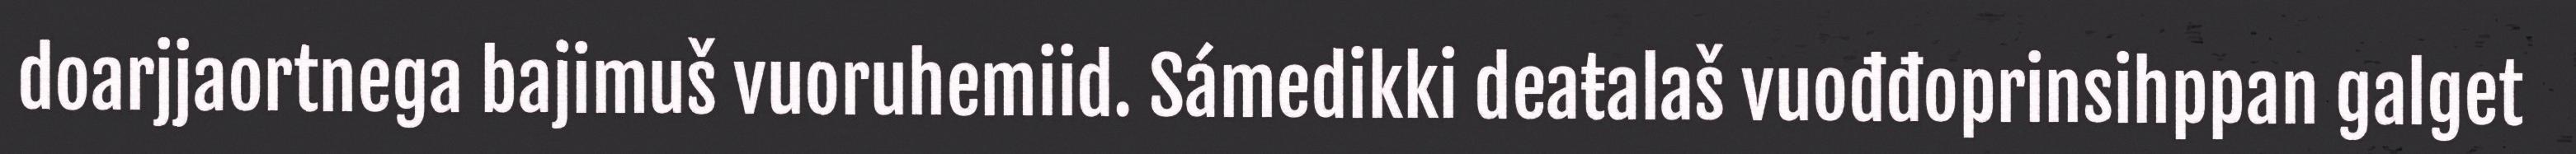
doarjjaortnega bajimuš vuoruhemiid. Sámedikki deaŧalaš vuođđoprinsihppan galget